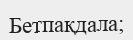
Бетпақдала;